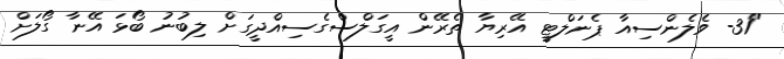
"31- ވެލެންސިއާ ޕެނަލްޓީ އޭރިޔާ ތެރޭން އީގަލްސްގެސިއްދީގަށް ލިބުނު ބޯޅަ އޭނާ ގޯލަށް